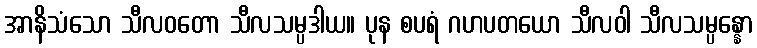
အာနိသံသော သီလဝတော သီလသမ္ပဒါယ။ ပုန စပရံ ဂဟပတယော သီလဝါ သီလသမ္ပန္နော